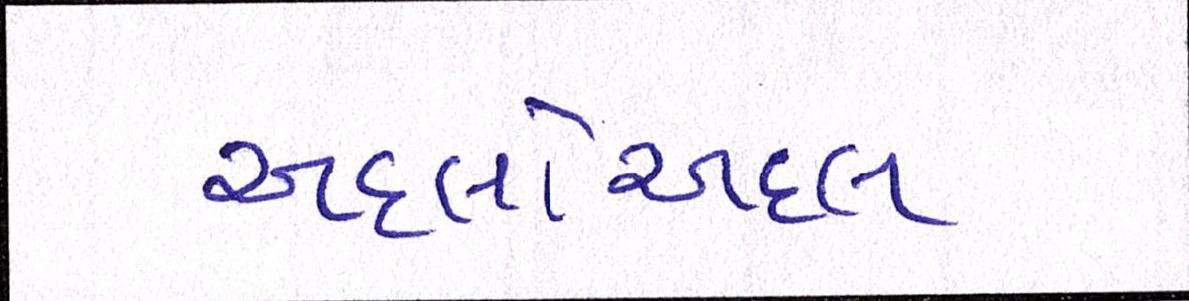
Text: અદલોઅદલ